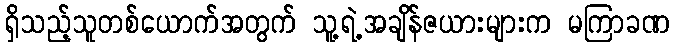
ရှိသည့်သူတစ်ယောက်အတွက် သူ့ရဲ့အချိန်ဇယားများက မကြာခဏ